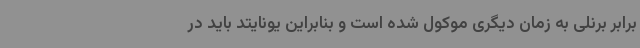
برابر برنلی به زمان دیگری موکول شده است و بنابراین یونایتد باید در